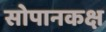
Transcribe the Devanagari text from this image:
सोपानकक्ष